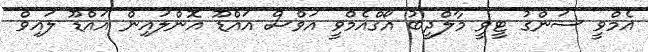
އެމްވީ ސަންގު ޓީވީ މާލްދީބު އޯގްއެމްވީ އަވްސް އައްޑޫ އޮންލައިން އައްޑޫ ލައިވް